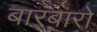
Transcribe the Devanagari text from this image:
बारबारो